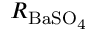
R _ { \mathrm { { B a S O } _ { 4 } } }